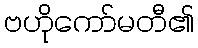
ဗဟိုကော်မတီ၏